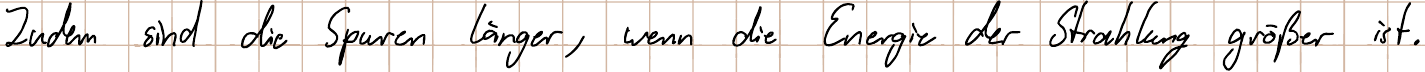
Zudem sind die Spuren länger, wenn die Energie der Strahlung größer ist.